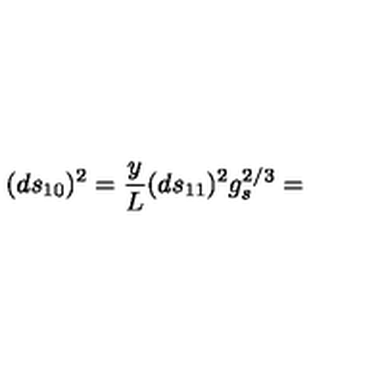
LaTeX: ( d s _ { 1 0 } ) ^ { 2 } = \frac { y } { L } ( d s _ { 1 1 } ) ^ { 2 } g _ { s } ^ { 2 / 3 } =